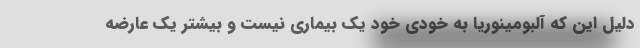
دلیل این که آلبومینوریا به خودی خود یک بیماری نیست و بیشتر یک عارضه